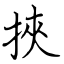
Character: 挾